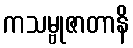
ကသမ္ဗုဇာတာနိ